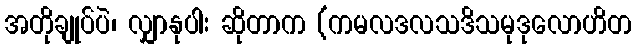
အတိုချုပ်ပဲ၊ လျှာနုပါး ဆိုတာက (ကမလဒလသဒိသမုဒုလောဟိတ